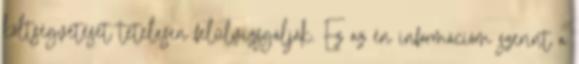
költségvetését tételesen felülvizsgálják. Ez az én információm szerint a